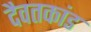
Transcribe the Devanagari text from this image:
दैवतकांड